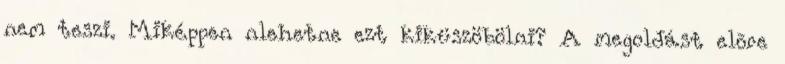
nem teszi. Miképpen nlehetne ezt kiküszöbölni? A megoldást elõre